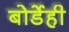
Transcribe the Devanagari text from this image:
बोर्डेही